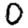
Digit: 0